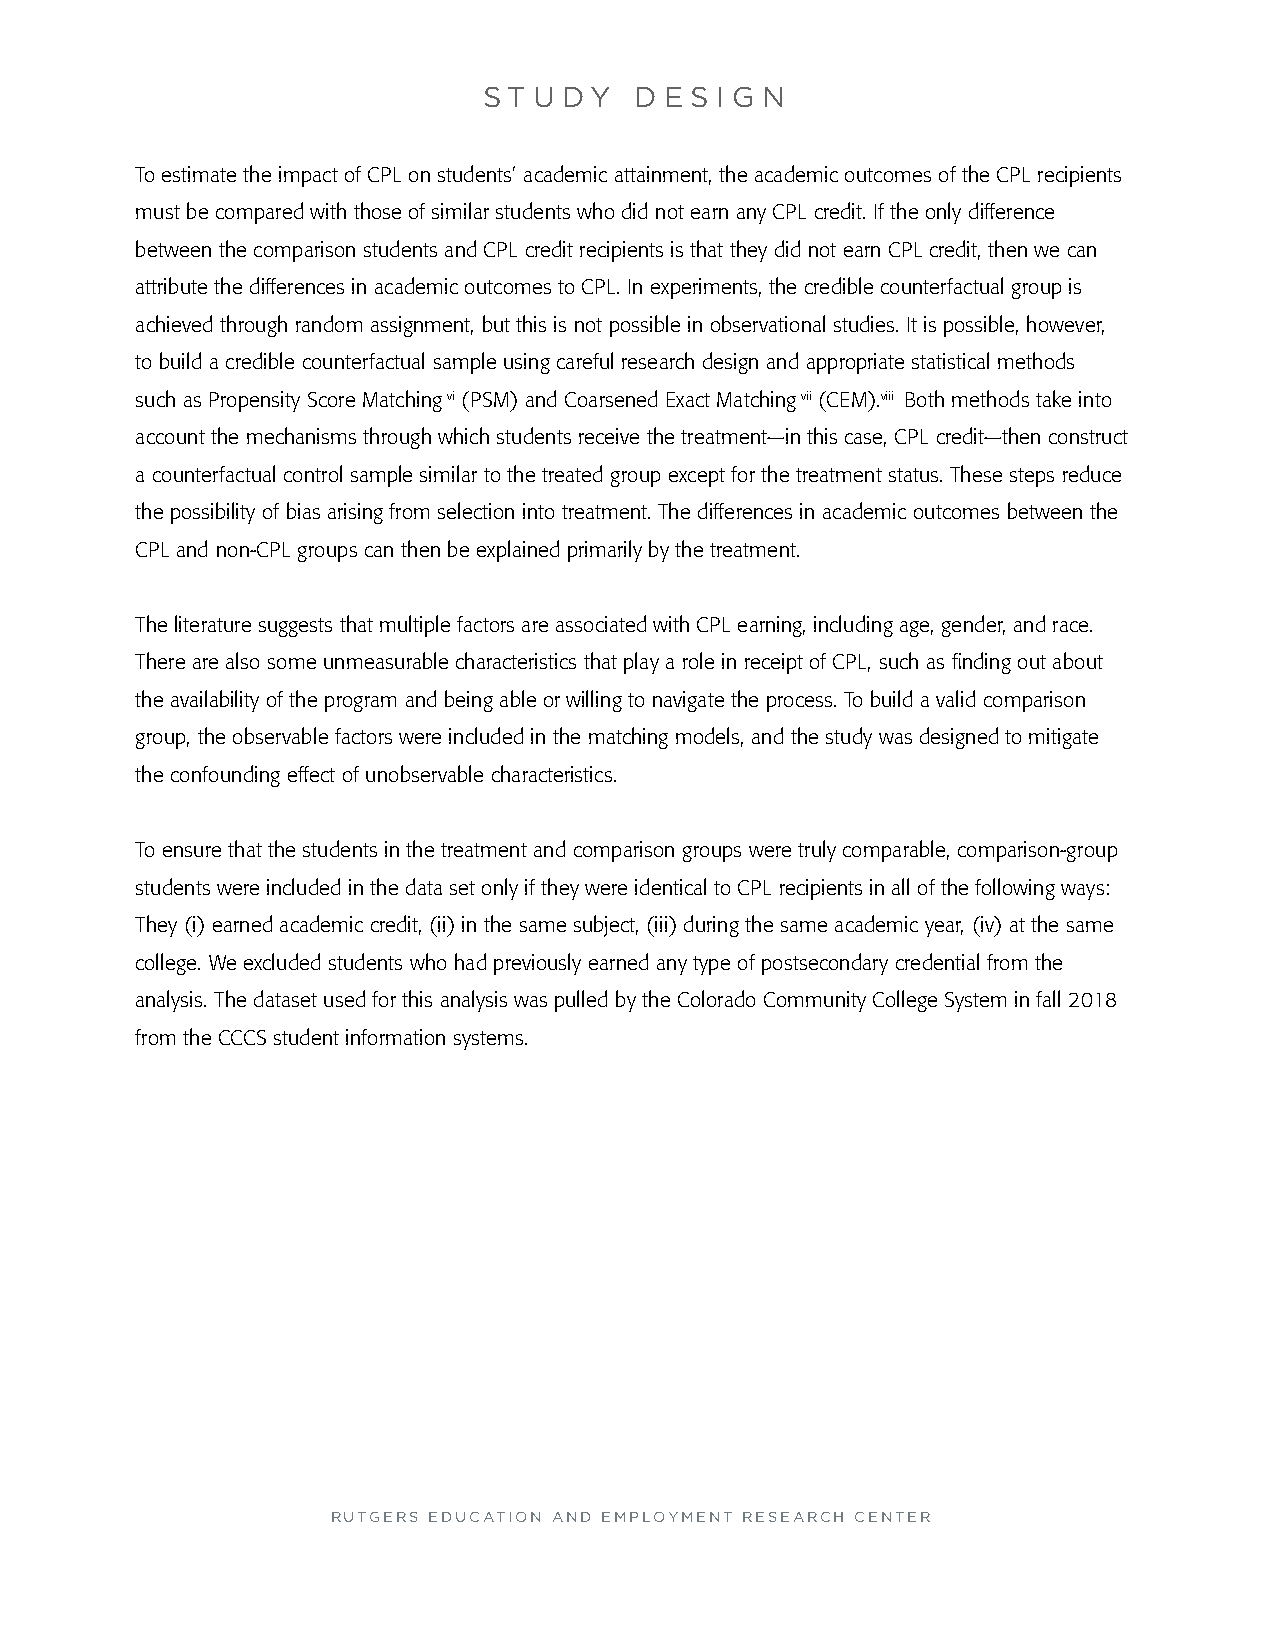
S T U DY  D E S I G N
 To estimate the impact of CPL on students’ academic attainment, the academic outcomes of the CPL recipients
 must be compared with those of similar students who did not earn any CPL credit. If the only difference
 between the comparison students and CPL credit recipients is that they did not earn CPL credit, then we can
 attribute the differences in academic outcomes to CPL. In experiments, the credible counterfactual group is
 achieved through random assignment, but this is not possible in observational studies. It is possible, however,
 to build a credible counterfactual sample using careful research design and appropriate statistical methods
 such as Propensity Score Matching vi (PSM) and Coarsened Exact Matching vii (CEM).viii Both methods take into
 account the mechanisms through which students receive the treatment—in this case, CPL credit—then construct
 a counterfactual control sample similar to the treated group except for the treatment status. These steps reduce
 the possibility of bias arising from selection into treatment. The differences in academic outcomes between the
 CPL and non-CPL groups can then be explained primarily by the treatment.
 The literature suggests that multiple factors are associated with CPL earning, including age, gender, and race.
 There are also some unmeasurable characteristics that play a role in receipt of CPL, such as finding out about
 the availability of the program and being able or willing to navigate the process. To build a valid comparison
 group, the observable factors were included in the matching models, and the study was designed to mitigate
 the confounding effect of unobservable characteristics.
 To ensure that the students in the treatment and comparison groups were truly comparable, comparison-group
 students were included in the data set only if they were identical to CPL recipients in all of the following ways:
 They (i) earned academic credit, (ii) in the same subject, (iii) during the same academic year, (iv) at the same
 college. We excluded students who had previously earned any type of postsecondary credential from the
 analysis. The dataset used for this analysis was pulled by the Colorado Community College System in fall 2018
 from the CCCS student information systems.
 RUTGERS EDUCATION AND EMPLOYMENT RESEARCH CENTER